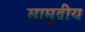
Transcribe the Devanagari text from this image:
सामुद्रीय